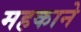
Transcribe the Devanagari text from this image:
महकाने